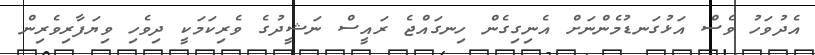
އެދުވަހު ވެސް އަޅުގަނޑުމެންނަށް އެނިގިގެން ހިނގައްޖެ ރައީސް ނަޝީދުގެ ވެރިކަމަކީ ދިވެހި ވިޔަފާރިވެރިން